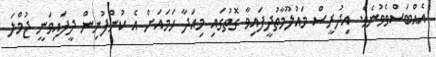
އެއްބަސްވެވުނެވެ. އިދުރީސް މައުލޫމާތުދީފައިވާ ގޮތުގައި މިއަދާ ހަމައަށް އެ ކުންފުނިން ދީފައިވަނީ ޖުމްލަ